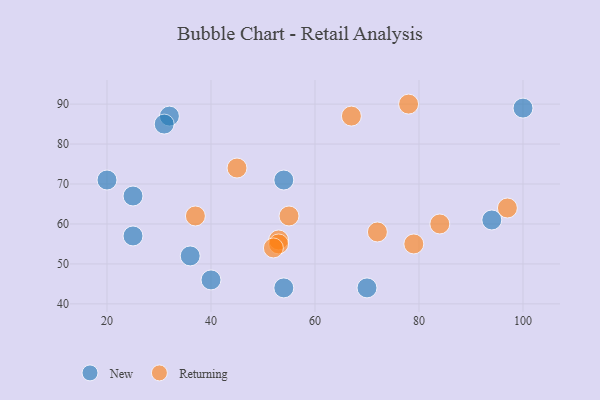
{"axis": {"x": "GDP", "y": "Life Expectancy"}, "legend": ["New", "Returning"], "data": [{"x": "36", "y": 52, "type": "New"}, {"x": "32", "y": 87, "type": "New"}, {"x": "100", "y": 89, "type": "New"}, {"x": "25", "y": 67, "type": "New"}, {"x": "94", "y": 61, "type": "New"}, {"x": "70", "y": 44, "type": "New"}, {"x": "40", "y": 46, "type": "New"}, {"x": "54", "y": 44, "type": "New"}, {"x": "54", "y": 71, "type": "New"}, {"x": "20", "y": 71, "type": "New"}, {"x": "25", "y": 57, "type": "New"}, {"x": "31", "y": 85, "type": "New"}, {"x": "53", "y": 56, "type": "Returning"}, {"x": "78", "y": 90, "type": "Returning"}, {"x": "72", "y": 58, "type": "Returning"}, {"x": "97", "y": 64, "type": "Returning"}, {"x": "53", "y": 55, "type": "Returning"}, {"x": "52", "y": 54, "type": "Returning"}, {"x": "84", "y": 60, "type": "Returning"}, {"x": "37", "y": 62, "type": "Returning"}, {"x": "55", "y": 62, "type": "Returning"}, {"x": "45", "y": 74, "type": "Returning"}, {"x": "67", "y": 87, "type": "Returning"}, {"x": "79", "y": 55, "type": "Returning"}]}